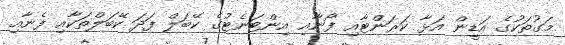
މަގުތަކުގެ އަޑީން އަޅާ ކަރަންޓާއި ފޯނާއި އިންޓަނެޓުގެ ކޭބަލް ފަދަ ކޭބަލްތަކާއި ފެނާއި